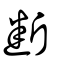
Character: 断